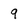
Character: 9